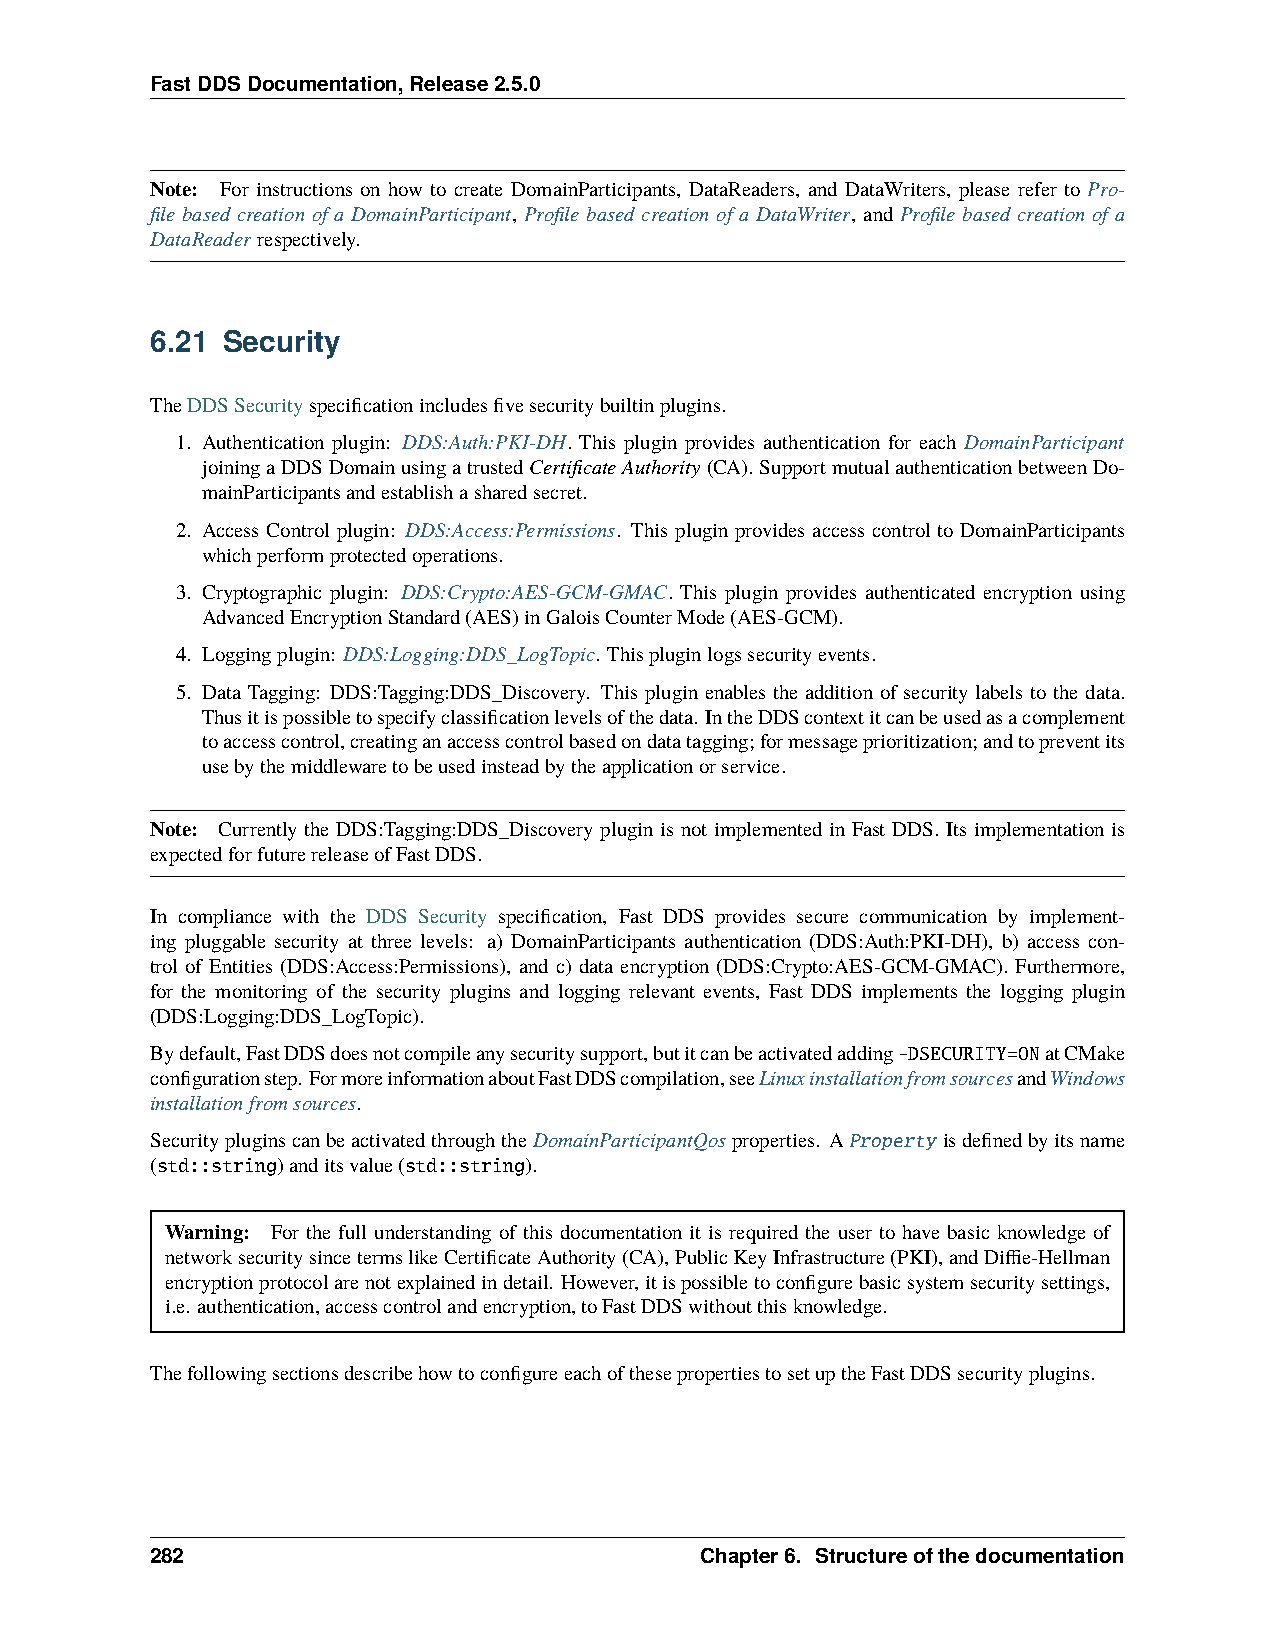
FastDDSDocumentation,Release2.5.0
 Note: For instructions on how to create DomainParticipants, DataReaders, and DataWriters, please refer to Pro-
 file based creation of a DomainParticipant, Profile based creation of a DataWriter, and Profile based creation of a
 DataReaderrespectively.
 6.21 Security
 TheDDSSecurityspecificationincludesfivesecuritybuiltinplugins.
 1. Authentication plugin: DDS:Auth:PKI-DH. This plugin provides authentication for each DomainParticipant
 joiningaDDSDomainusingatrustedCertificateAuthority(CA).SupportmutualauthenticationbetweenDo-
 mainParticipantsandestablishasharedsecret.
 2. Access Control plugin: DDS:Access:Permissions. This plugin provides access control to DomainParticipants
 whichperformprotectedoperations.
 3. Cryptographic plugin: DDS:Crypto:AES-GCM-GMAC. This plugin provides authenticated encryption using
 AdvancedEncryptionStandard(AES)inGaloisCounterMode(AES-GCM).
 4. Loggingplugin: DDS:Logging:DDS_LogTopic. Thispluginlogssecurityevents.
 5. Data Tagging: DDS:Tagging:DDS_Discovery. This plugin enables the addition of security labels to the data.
 Thusitispossibletospecifyclassificationlevelsofthedata. IntheDDScontextitcanbeusedasacomplement
 toaccesscontrol,creatinganaccesscontrolbasedondatatagging;formessageprioritization;andtopreventits
 usebythemiddlewaretobeusedinsteadbytheapplicationorservice.
 Note: Currently the DDS:Tagging:DDS_Discovery plugin is not implemented in Fast DDS. Its implementation is
 expectedforfuturereleaseofFastDDS.
 In compliance with the DDS Security specification, Fast DDS provides secure communication by implement-
 ing pluggable security at three levels: a) DomainParticipants authentication (DDS:Auth:PKI-DH), b) access con-
 trol of Entities (DDS:Access:Permissions), and c) data encryption (DDS:Crypto:AES-GCM-GMAC). Furthermore,
 for the monitoring of the security plugins and logging relevant events, Fast DDS implements the logging plugin
 (DDS:Logging:DDS_LogTopic).
 Bydefault,FastDDSdoesnotcompileanysecuritysupport,butitcanbeactivatedadding-DSECURITY=ONatCMake
 configurationstep. FormoreinformationaboutFastDDScompilation,seeLinuxinstallationfromsourcesandWindows
 installationfromsources.
 SecuritypluginscanbeactivatedthroughtheDomainParticipantQosproperties. AProperty isdefinedbyitsname
 (std::string)anditsvalue(std::string).
 Warning: For the full understanding of this documentation it is required the user to have basic knowledge of
 networksecuritysincetermslikeCertificateAuthority(CA),PublicKeyInfrastructure(PKI),andDiffie-Hellman
 encryptionprotocolarenotexplainedindetail. However,itispossibletoconfigurebasicsystemsecuritysettings,
 i.e. authentication,accesscontrolandencryption,toFastDDSwithoutthisknowledge.
 ThefollowingsectionsdescribehowtoconfigureeachofthesepropertiestosetuptheFastDDSsecurityplugins.
 282                                 Chapter6. Structureofthedocumentation